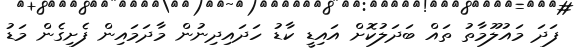
ފަދަ މައުލޫމާތު ތައް ބަދަލުކޮށް އައިޑީ ކާޑު ހަދައިދިނުން މާދަމައިން ފެށިގެން މަޑު